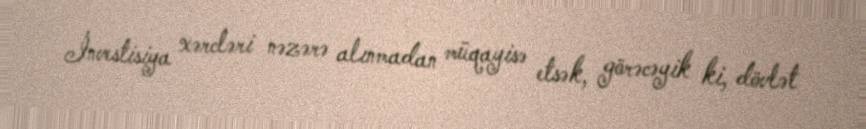
İnvestisiya xərcləri nəzərə alınmadan müqayisə etsək, görəcəyik ki, dövlət